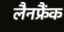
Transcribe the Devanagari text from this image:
लैनफ्रैंक